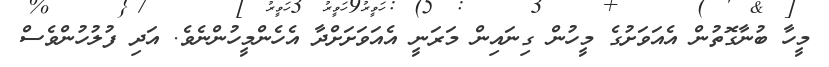
މީހާ ބުނާގޮތުން އެއަވަށުގެ މީހުން ގިނައިން މަރަނީ އެއަވަށަށްދާ އެހެންމީހުންނެވެ. އަދި ފުލުހުންވެސް